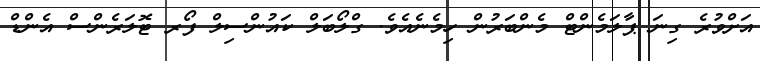
އަށްވުރެ ގިނަ ޕާލަމެންޓް މެންބަރުން ހިމެނެއެވެ. ގްލޯބަލް ކައުންސިލް ފޯރ ޓޮލަރެންސް އެންޑް